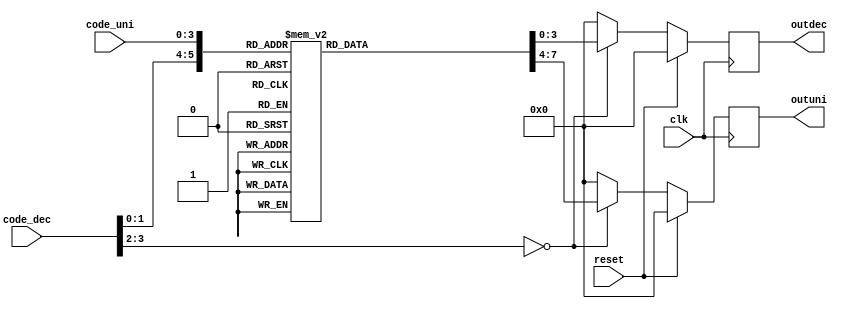
`timescale 1ns / 1ps
//////////////////////////////////////////////////////////////////////////////////
// Company: 
// 
// Design Name: 
// Module Name:    Decoinv_Thora 
// Project Name: 
// Target Devices: 
// Tool versions: 
// Description: 
//
// Dependencies: 
//
// Revision: 
// Revision 0.01 - File Created
// Additional Comments: 
//
//////////////////////////////////////////////////////////////////////////////////
module Decoinv_Thora(reset,clk,code_dec,code_uni,outdec,outuni);

input clk,reset;
output reg [3:0] outdec,outuni;
   
input [3:0] code_uni;
input [3:0] code_dec;

			

always @(posedge clk)
begin
		if (reset)
		begin
         outuni <= 4'h0;
			outdec <= 4'h0;
      end
		
		else 
			begin
				
				case ({code_dec,code_uni})
					8'h00  : 
					begin
					outdec <=4'h2;
					outuni <=4'h3;
					end
					
					8'h01  : 
					begin
					outdec <=4'h2;
					outuni <=4'h2;
					end
					
					8'h02  :
					begin
					outdec <=4'h2;
					outuni <=4'h1;
					end	
					
					
					8'h03  :
					begin
					outdec <=4'h2;
					outuni <=4'h0;
					end
					
					8'h04  :
					begin
					outdec <=4'h1;
					outuni <=4'h9;
					end

					8'h05  : 
					begin
					outdec <=4'h1;
					outuni <=4'h8;
					end
					
					
					8'h06  : 
					begin
					outdec <=4'h1;
					outuni <=4'h7;
					end
					
					8'h07  : 
					begin
					outdec <=4'h1;
					outuni <= 4'h6;
					end
					
					8'h08  : 
					begin
					outdec <=4'h1;
					outuni <= 4'h5;
					end
					
					8'h09  : 
					begin
					outdec <=4'h1;
					outuni <= 4'h4;
					end
					
					8'h10  : 
					begin
					outdec <=4'h1;
					outuni <= 4'h3;
					end
					
					8'h11  : 
					begin
					outdec <=4'h1;
					outuni <= 4'h2;
					end
					
					8'h12  : 
					begin
					outdec <=4'h1;
					outuni <= 4'h1;
					end
					
					8'h13  : 
					begin
					outdec <=4'h1;
					outuni <= 4'h0;
					end
					
					8'h14  : 
					begin
					outdec <=4'h0;
					outuni <= 4'h9;
					end
					
					8'h15  : 
					begin
					outdec <=4'h0;
					outuni <= 4'h8;
					end
					
					8'h16  : 
					begin
					outdec <=4'h0;
					outuni <= 4'h7;
					end
					
					8'h17  : 
					begin
					outdec <=4'h0;
					outuni <= 4'h6;
					end
					
					8'h18  : 
					begin
					outdec <=4'h0;
					outuni <= 4'h5;
					end
					
					8'h19  : 
					begin
					outdec <=4'h0;
					outuni <= 4'h4;
					end
					
					8'h20  : 
					begin
					outdec <=4'h0;
					outuni <= 4'h3;
					end
					
					8'h21  : 
					begin
					outdec <=4'h0;
					outuni <= 4'h2;
					end
					
					8'h22  : 
					begin
					outdec <=4'h0;
					outuni <= 4'h1;
					end
					
					default :
					begin
					outdec <=4'h0;
					outuni <= 4'h0;
					end					
				endcase
				
			
			end
			
			
end							
				

endmodule